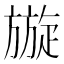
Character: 𭥄